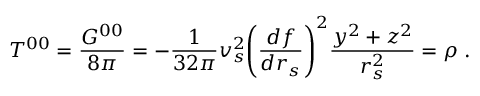
T ^ { 0 0 } = \frac { G ^ { 0 0 } } { 8 \pi } = - \frac { 1 } { 3 2 \pi } v _ { s } ^ { 2 } \Bigg ( \frac { d f } { d r _ { s } } \Bigg ) ^ { 2 } \frac { y ^ { 2 } + z ^ { 2 } } { r _ { s } ^ { 2 } } = \rho \; .